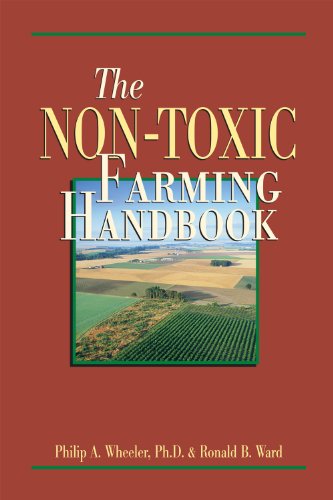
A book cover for The Non-Toxic Farming Handbook; Philip A. Wheeler; Crafts, Hobbies & Home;